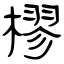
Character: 樛